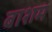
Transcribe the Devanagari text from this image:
बाशम